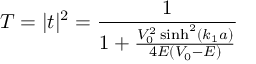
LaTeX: T = | t | ^ { 2 } = { \frac { 1 } { 1 + { \frac { V _ { 0 } ^ { 2 } \sinh ^ { 2 } ( k _ { 1 } a ) } { 4 E ( V _ { 0 } - E ) } } } }